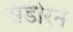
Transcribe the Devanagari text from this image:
सैडोरन